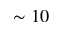
\sim 1 0